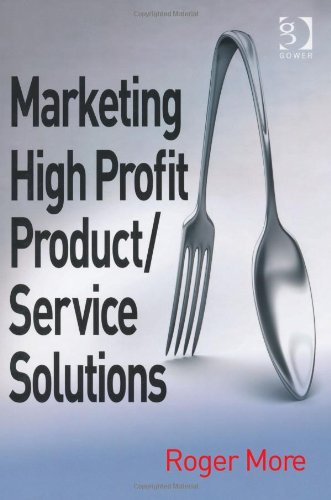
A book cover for Marketing High Profit Product/Service Solutions; Roger More; Business & Money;